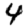
Digit: 4